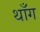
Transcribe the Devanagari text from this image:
थाँग